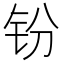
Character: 𫟴